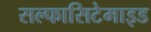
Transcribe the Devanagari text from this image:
सल्फासिटेमाइड